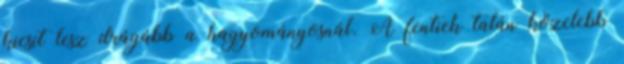
kicsit lesz drágább a hagyományosnál. A fentiek talán közelebb